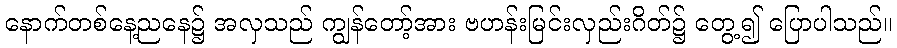
နောက်တစ်နေ့ညနေ၌ အလှသည် ကျွန်တော့်အား ဗဟန်းမြင်းလှည်းဂိတ်၌ တွေ့၍ ပြောပါသည်။